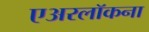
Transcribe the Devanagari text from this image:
एअरलॉकना